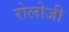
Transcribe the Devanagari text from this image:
रोलोजी